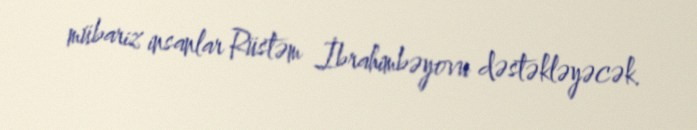
mübariz insanlar Rüstəm İbrahimbəyovu dəstəkləyəcək.